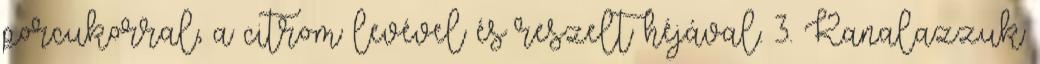
porcukorral, a citrom levével és reszelt héjával. 3. Kanalazzuk